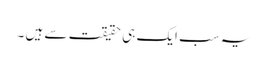
یہ سب ایک ہی حقیقت سے ہیں ۔